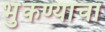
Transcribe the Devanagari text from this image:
भुंकण्याचा